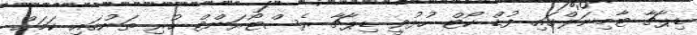
ޑިޕާޗާ ޓާމިނަލްގައި ފުޑް ކޯޓް ހުޅުވީ ޑިޕާޗާ ރެސްޓޯރަންޓް ހުރި ތަނުގައި ކަމަށް